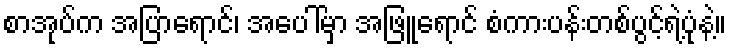
စာအုပ်က အပြာရောင်၊ အပေါ်မှာ အဖြူရောင် စံကားပန်းတစ်ပွင့်ရဲ့ပုံနဲ့။